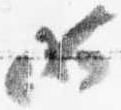
如